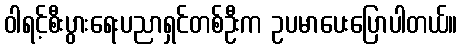
ဝါရင့်စီးပွားရေးပညာရှင်တစ်ဦးက ဥပမာပေးပြောပါတယ်။